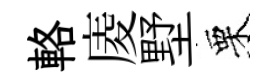
輅庱墅栗